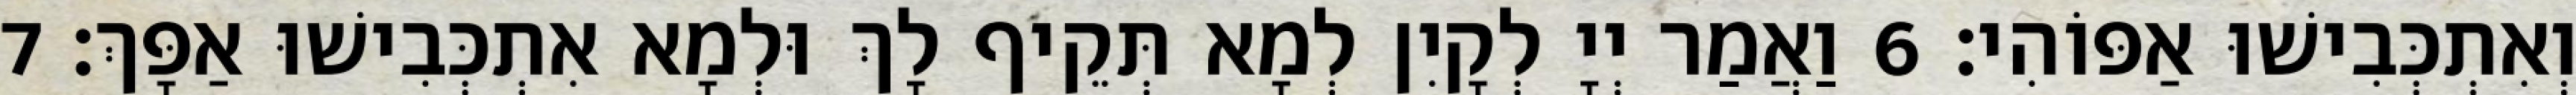
וְאִתְכְּבִישׁוּ אַפּוֹהִי׃ 6 וַאֲמַר יְיָ לְקָיִן לְמָא תְּקֵיף לָךְ וּלְמָא אִתְכְּבִישׁוּ אַפָּךְ׃ 7